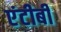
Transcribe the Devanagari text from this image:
एंटीबी